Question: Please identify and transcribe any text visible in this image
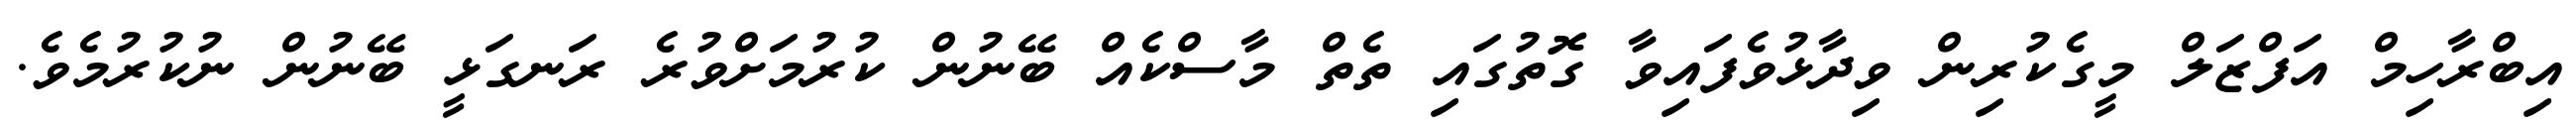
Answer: އިބްރާހިމް އަފްޒަލް މީގެކުރިން ވިދާޅުވެފައިވާ ގޮތުގައި ތެތް މާސްކެއް ބޭނުން ކުރުމަށްވުރެ ރަނގަޅީ ބޭނުން ނުކުރުމެވެ.